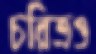
চরিত্রও